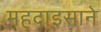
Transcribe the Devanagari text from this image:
महदाइसाने